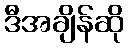
ဒီအချိန်ဆို